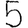
Digit: 5